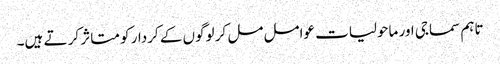
تاہم سماجی اور ماحولیات عوامل مل کر لوگوں کے کردار کو متاثر کر تے ہیں۔